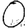
Digit: 0